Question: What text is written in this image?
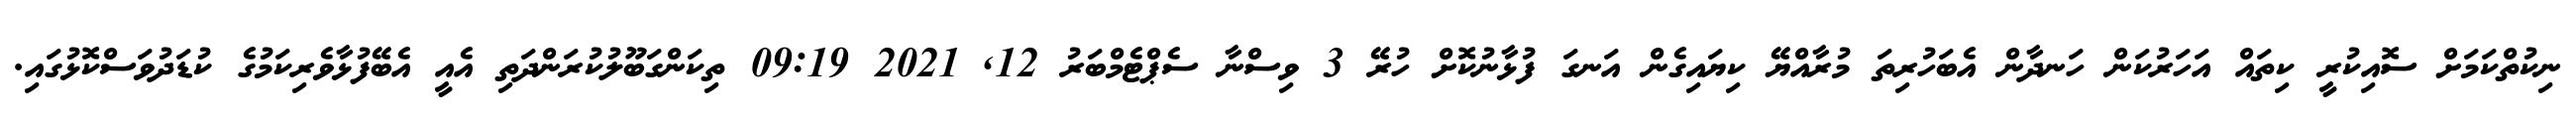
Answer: ނިކުތްކަމަށް ސޮއިކުރީ ކިތައް އަހަރުކަން ހަނދާން އެބަހުރިތަ މުރާއްޔޭ ކިޔައިގެން އަނގަ ފުޅާނުކޮށް ހުރޭ 3 ވިސްނާ ސެޕްޓެމްބަރު 12, 2021 09:19 ތިކަންގަބޫލުކުރަންދަތި އެއީ އެބޭފުޅާވެރިކަމުގެ ކުޑަދުވަސްކޮޅުގައި.